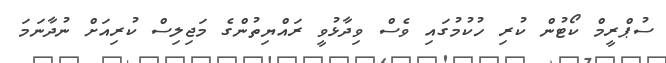
ސުޕްރީމް ކޯޓުން ކުރި ހުކުމުގައި ވެސް ވިދާޅުވީ ރައްޔިތުންގެ މަޖިލިސް ކުރިއަށް ނުދާނަމަ